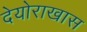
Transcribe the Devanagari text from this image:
देयोराखास